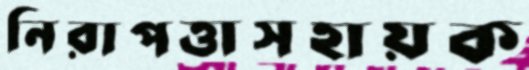
নিরাপত্তাসহায়ক